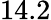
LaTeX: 14.2